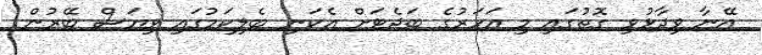
އޭނާ ވިދާޅުވި ގޮތުގައި މި އަހަރުގެ ބަޖެޓަށް އެކަނި ބެލިކަމުގައި ވިޔަސް ބޭރުން